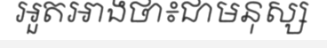
អួតអាងថា៖ជាមនុស្ស